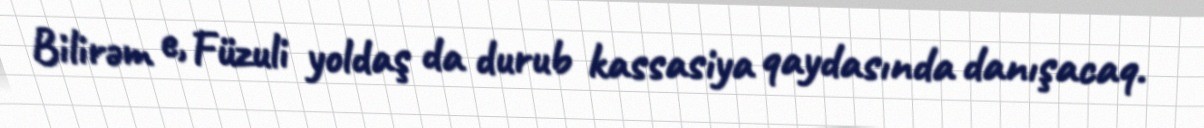
Bilirəm e, Füzuli yoldaş da durub kassasiya qaydasında danışacaq.